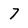
Character: 7